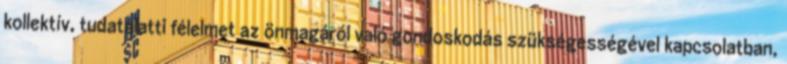
kollektív, tudatalatti félelmet az önmagáról való gondoskodás szükségességével kapcsolatban,